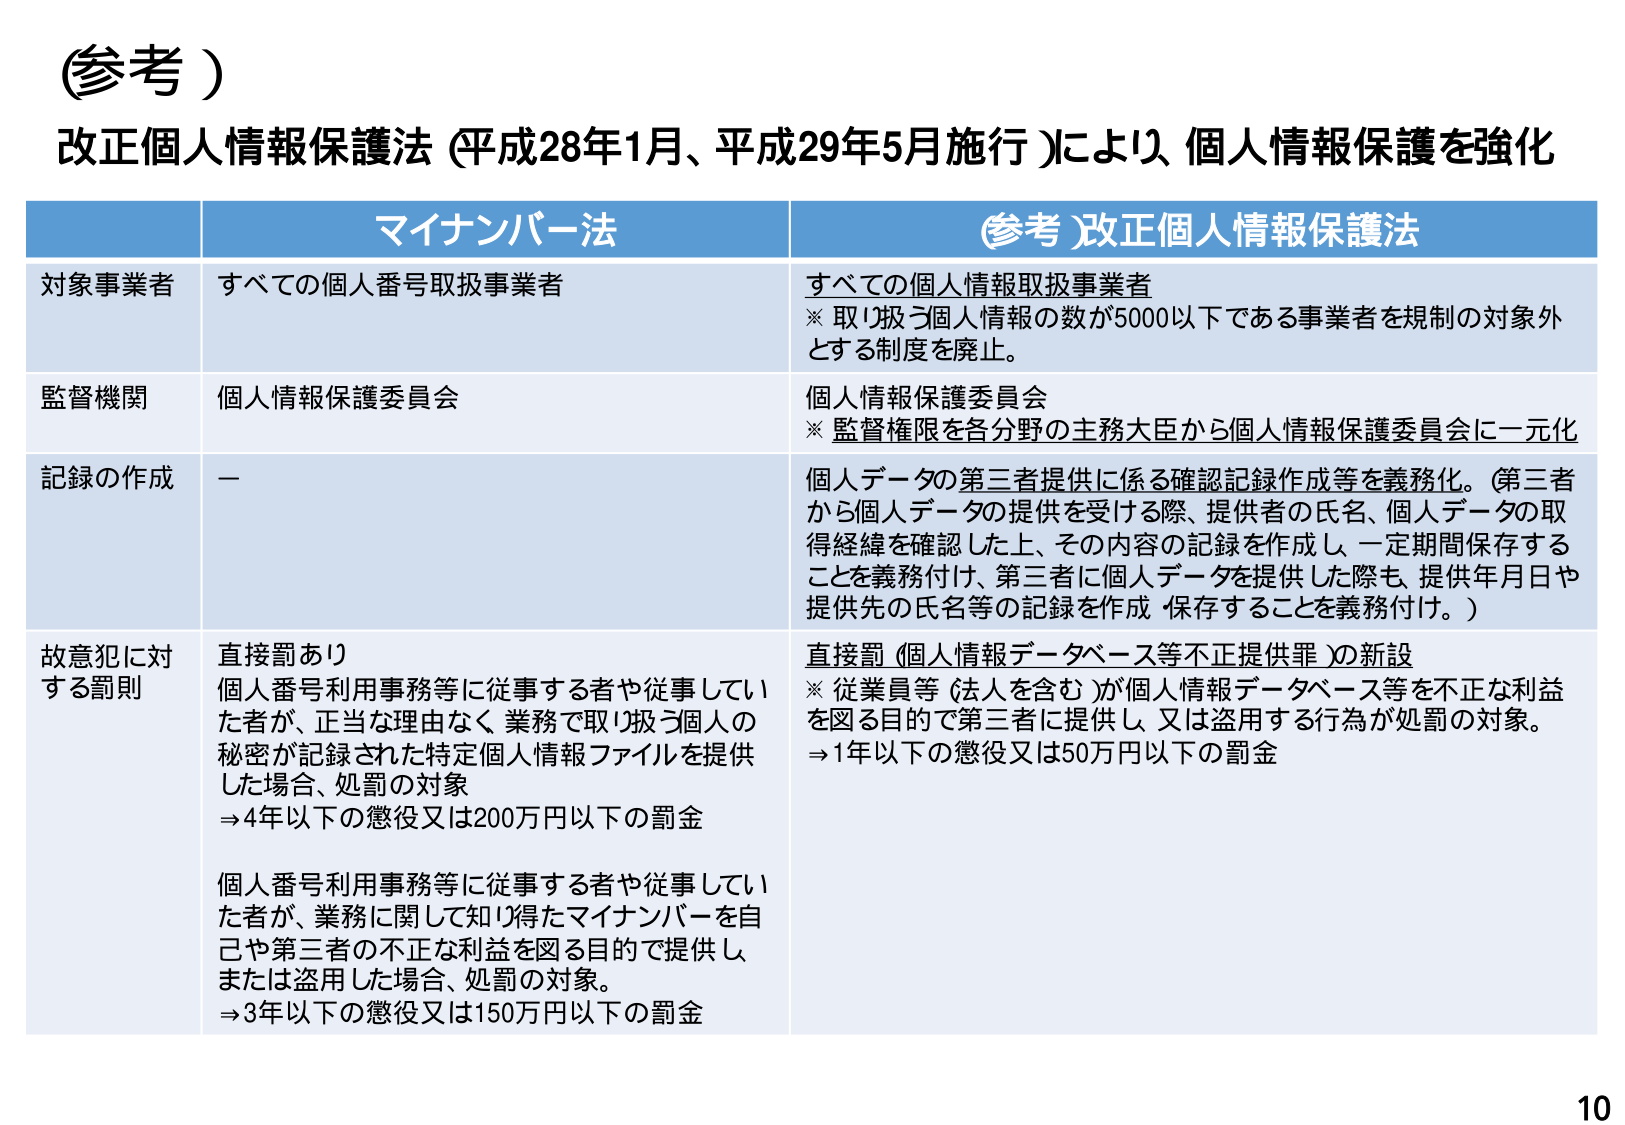
(参考)

改正個人情報保護法 (平成28年1月、平成29年5月施行)により、個人情報保護を強化

マイナンバー法　　　　　　　　　　　　　　　　　　　　(参考)改正個人情報保護法

対象事業者　すべての個人番号取扱事業者　　　　　　　　すべての個人情報取扱事業者
　　　　　　　※ 取り扱う個人情報の数が5000以下である事業者を規制の対象外とする制度を廃止。

監督機関　　個人情報保護委員会　　　　　　　　　　　　個人情報保護委員会
　　　　　　　※ 監督権限を各分野の主務大臣から個人情報保護委員会に一元化

記録の作成　ー　　　　　　　　　　　　　　　　　　　　個人データの第三者提供に係る確認記録作成等を義務化。(第三者から個人データの提供を受けた際、提供者の氏名、個人データの取得経緯を確認した上、その内容の記録を作成し、一定期間保存することを義務付け、第三者に個人データを提供した際も、提供年月日や提供先の氏名等の記録を作成・保存することを義務付け。)

故意犯に対　直接罰あり　　　　　　　　　　　　　　　　直接罰 (個人情報データベース等不正提供罪)の新設
する罰則　　個人番号利用事務等に従事する者や従事していた者が、正当な理由なく、業務で取り扱う個人の秘密が記録された特定個人情報ファイルを提供した場合、処罰の対象
　　　　　　⇒4年以下の懲役又は200万円以下の罰金
　　　　　　個人番号利用事務等に従事する者や従事していた者が、業務に関して知り得たマイナンバーを自己や第三者の不正な利益を図る目的で提供し、または盗用した場合、処罰の対象。
　　　　　　⇒3年以下の懲役又は150万円以下の罰金
　　　　　　　※ 従業員等 (法人を含む)が個人情報データベース等を不正な利益を図る目的で第三者に提供し、又は盗用する行為が処罰の対象。
　　　　　　　⇒1年以下の懲役又は50万円以下の罰金

10